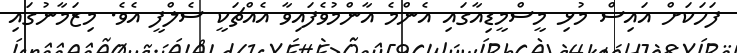
ފަހަކަށް އައިސް މުޅި މީސްމީޑިއާގައި އެންމެ އާންމުވެފައިވާ އެއްޗަކީ ސެލްފީ އެވެ. މިޒަމާނުގައި